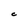
Character: C